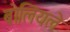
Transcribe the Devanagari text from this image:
बोलियले